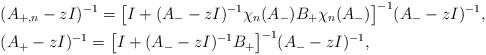
\begin{align*}& (A_{+,n} - z I)^{-1} = \big[I + (A_- - z I)^{-1} \chi_n(A_-) B_+ \chi_n(A_-)\big]^{-1} (A_- - z I)^{-1}, \\& (A_+ - z I)^{-1} = \big[I + (A_- - z I)^{-1} B_+ \big]^{-1} (A_- - z I)^{-1}, \end{align*}